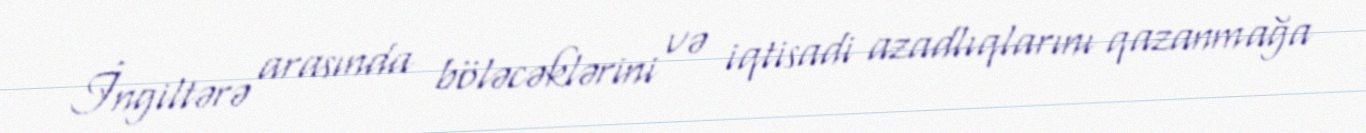
İngiltərə arasında böləcəklərini və iqtisadi azadlıqlarını qazanmağa